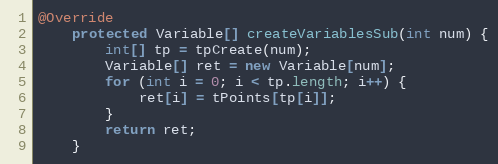
Language: Java
@Override
	protected Variable[] createVariablesSub(int num) {
		int[] tp = tpCreate(num);
		Variable[] ret = new Variable[num];
		for (int i = 0; i < tp.length; i++) {
			ret[i] = tPoints[tp[i]];
		}
		return ret;
	}